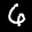
Label: 6